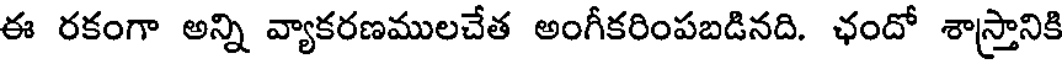
ఈ రకంగా అన్ని వ్యాకరణములచేత అంగీకరింపబడినది. ఛందో శాస్త్రానికి